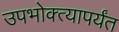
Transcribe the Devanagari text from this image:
उपभोक्त्यापर्यंत